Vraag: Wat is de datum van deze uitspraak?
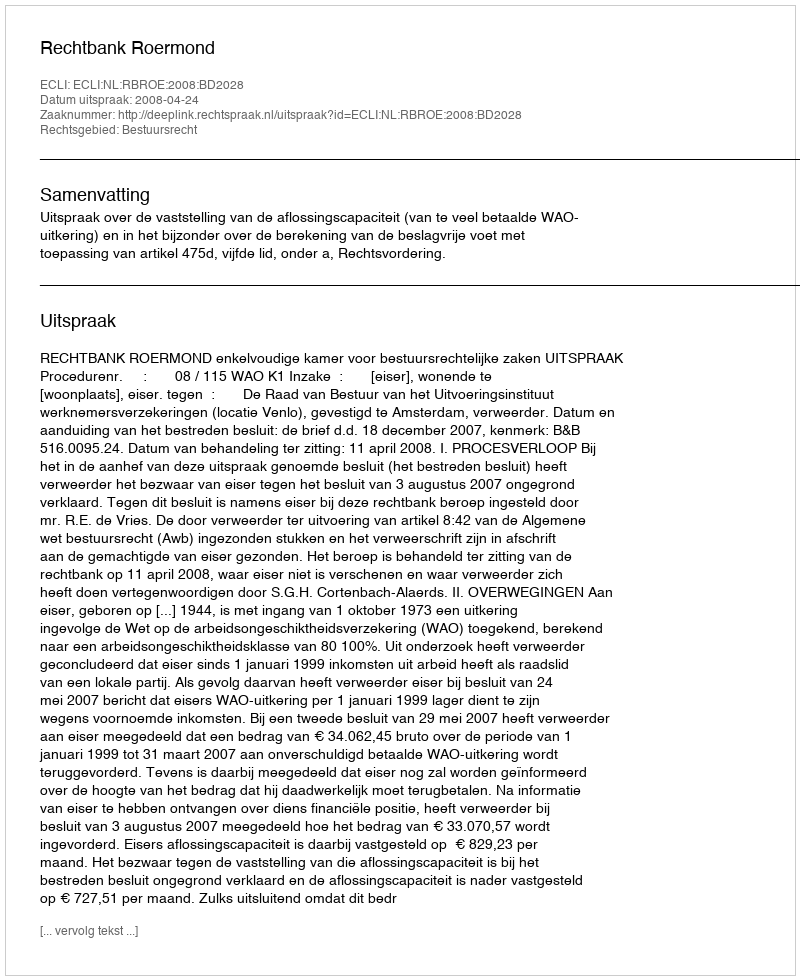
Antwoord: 2008-04-24